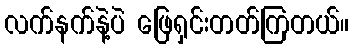
လက်နက်နဲ့ပဲ ဖြေရှင်းတတ်ကြတယ်။